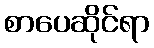
စာပေဆိုင်ရာ